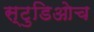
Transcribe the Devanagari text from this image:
स्टुडिओच